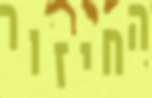
החיזור